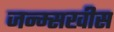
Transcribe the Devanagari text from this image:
जन्म्सखीस